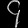
Digit: ၄